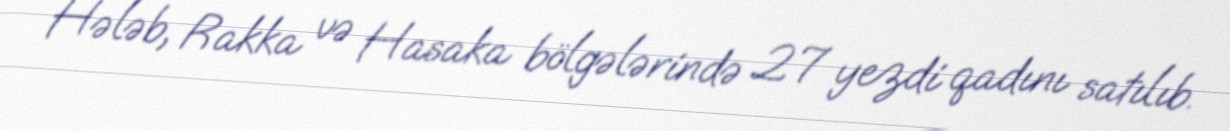
Hələb, Rakka və Hasaka bölgələrində 27 yezdi qadını satılıb.